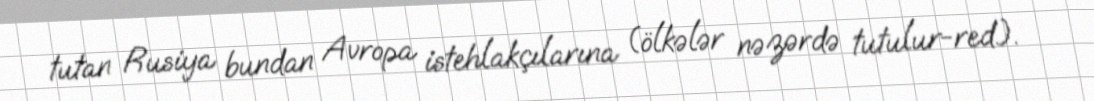
tutan Rusiya bundan Avropa istehlakçılarına (ölkələr nəzərdə tutulur-red.).